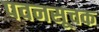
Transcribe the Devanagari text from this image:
पवनसूचक